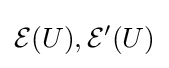
{\mathcal {E}}(U),{\mathcal {E}}'(U)